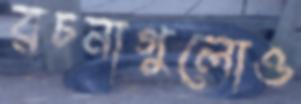
রচনাগুলোও